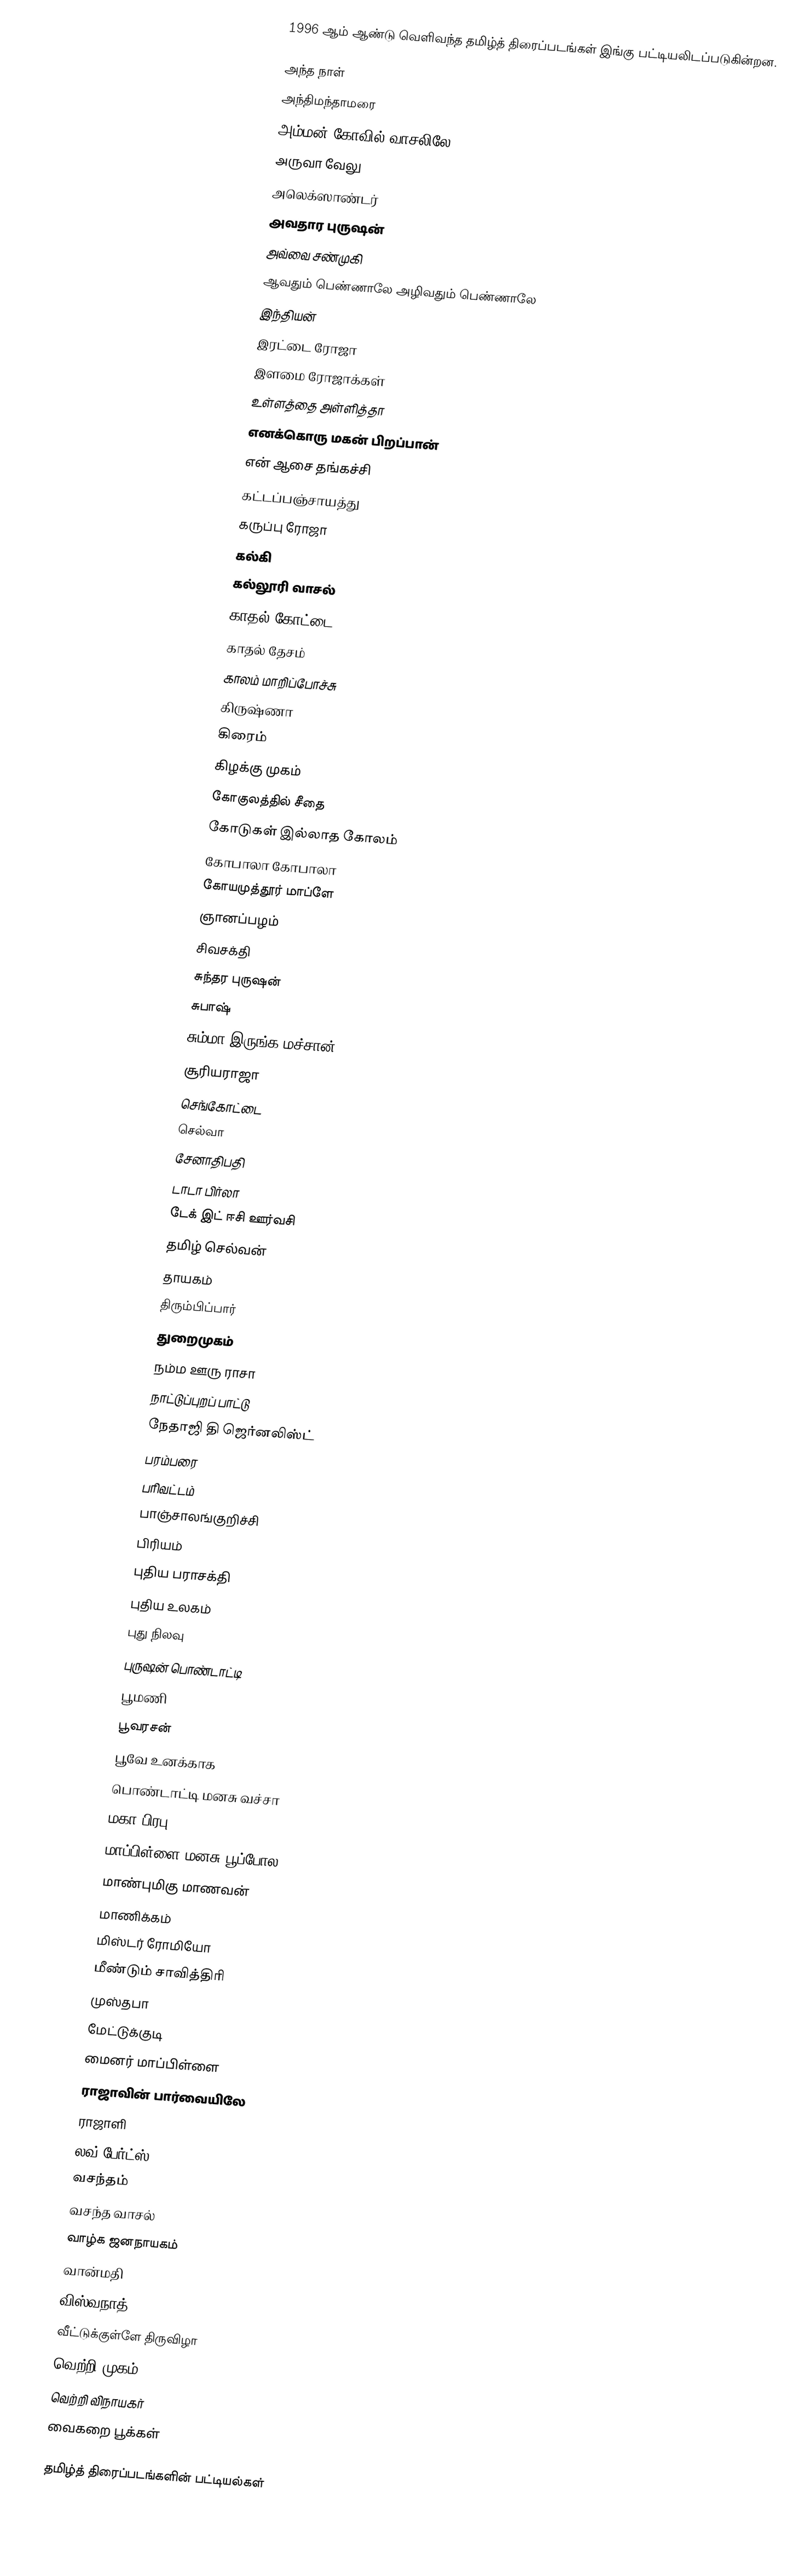
1996 ஆம் ஆண்டு வெளிவந்த தமிழ்த் திரைப்படங்கள் இங்கு பட்டியலிடப்படுகின்றன.

அந்த நாள்
அந்திமந்தாமரை
அம்மன் கோவில் வாசலிலே
அருவா வேலு
அலெக்ஸாண்டர்
அவதார புருஷன்
அவ்வை சண்முகி
ஆவதும் பெண்ணாலே அழிவதும் பெண்ணாலே
இந்தியன்
இரட்டை ரோஜா
இளமை ரோஜாக்கள்
உள்ளத்தை அள்ளித்தா
எனக்கொரு மகன் பிறப்பான்
என் ஆசை தங்கச்சி
கட்டப்பஞ்சாயத்து
கருப்பு ரோஜா
கல்கி
கல்லூரி வாசல்
காதல் கோட்டை
காதல் தேசம்
காலம் மாறிப்போச்சு
கிருஷ்ணா
கிரைம்
கிழக்கு முகம்
கோகுலத்தில் சீதை
கோடுகள் இல்லாத கோலம்
கோபாலா கோபாலா
கோயமுத்தூர் மாப்ளே
ஞானப்பழம்
சிவசக்தி
சுந்தர புருஷன்
சுபாஷ்
சும்மா இருங்க மச்சான்
சூரியராஜா
செங்கோட்டை
செல்வா
சேனாதிபதி
டாடா பிர்லா
டேக் இட் ஈசி ஊர்வசி
தமிழ் செல்வன்
தாயகம்
திரும்பிப்பார்
துறைமுகம்
நம்ம ஊரு ராசா
நாட்டுப்புறப் பாட்டு
நேதாஜி தி ஜெர்னலிஸ்ட்
பரம்பரை
பரிவட்டம்
பாஞ்சாலங்குறிச்சி
பிரியம்
புதிய பராசக்தி
புதிய உலகம்
புது நிலவு
புருஷன் பொண்டாட்டி
பூமணி
பூவரசன்
பூவே உனக்காக
பொண்டாட்டி மனசு வச்சா
மகா பிரபு
மாப்பிள்ளை மனசு பூப்போல
மாண்புமிகு மாணவன்
மாணிக்கம்
மிஸ்டர் ரோமியோ
மீண்டும் சாவித்திரி
முஸ்தபா
மேட்டுக்குடி
மைனர் மாப்பிள்ளை
ராஜாவின் பார்வையிலே
ராஜாளி
லவ் பேர்ட்ஸ்
வசந்தம்
வசந்த வாசல்
வாழ்க ஜனநாயகம்
வான்மதி
விஸ்வநாத்
வீட்டுக்குள்ளே திருவிழா
வெற்றி முகம்
வெற்றி விநாயகர்
வைகறை பூக்கள்

தமிழ்த் திரைப்படங்களின் பட்டியல்கள்